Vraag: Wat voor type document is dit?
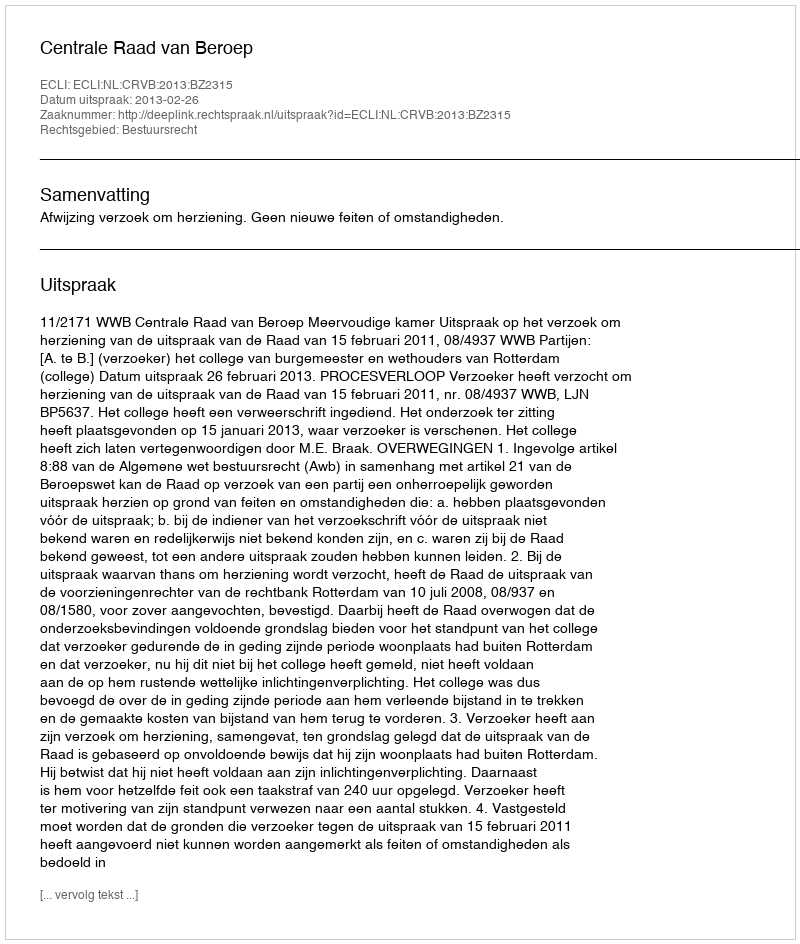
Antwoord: Uitspraak